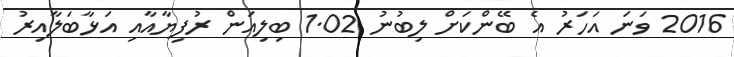
2016 ވަނަ އަހަރު އެ ބޭންކަށް ލިބުނު 1.02 ބިލިއަން ރުފިޔާއާއި އަޅާބަލާއިރު